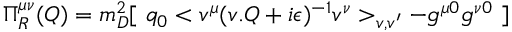
\Pi _ { R } ^ { \mu \nu } ( Q ) = m _ { D } ^ { 2 } [ \ q _ { 0 } < v ^ { \mu } ( v . Q + i \epsilon ) ^ { - 1 } v ^ { \nu } > _ { v , v ^ { \prime } } - g ^ { \mu 0 } g ^ { \nu 0 } \ ]